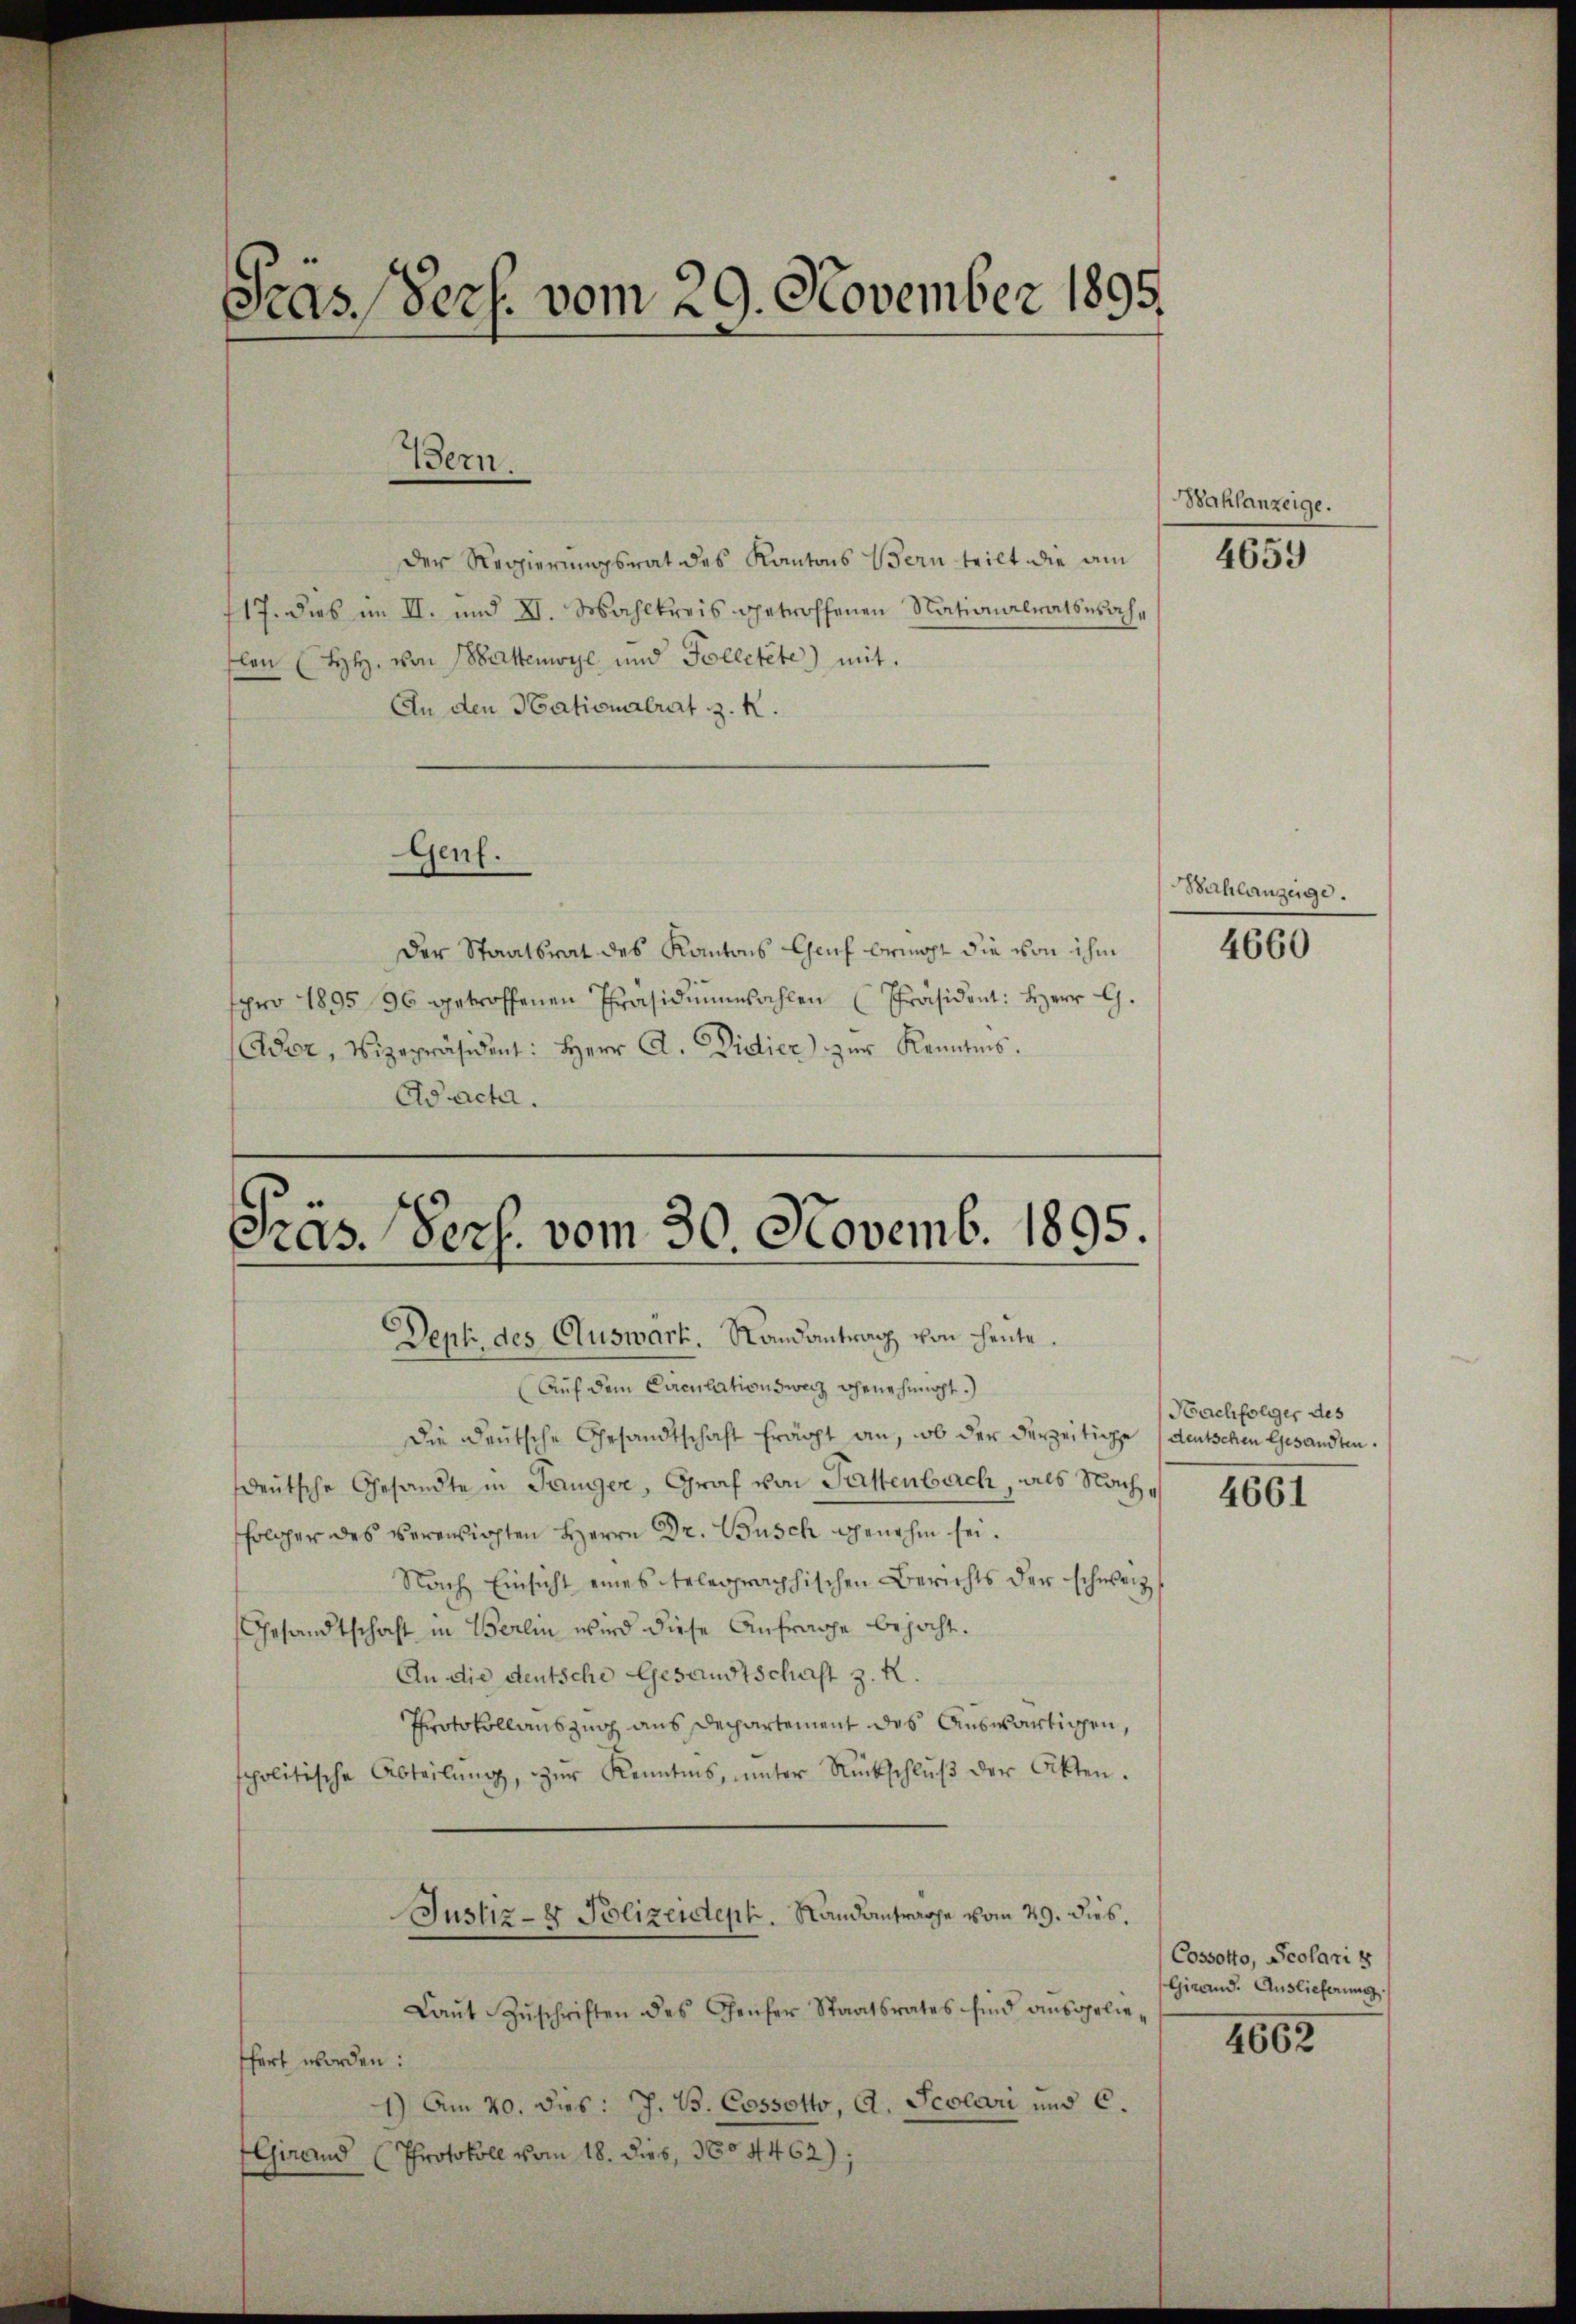
Pras (Pers. vom 29. November 1895.

Bern.

Der Regierungsrat des Kantons Bern teilt die am
117. dies im II. und VI. Wahlkreis getroffenen Nationalratswachslen (HH. von Sattenwyl und Folletete) mit
An den Nationalrat z. K.
Gent.
Der Staatsrat des Kantons Chef bericht die von ihm
pro 1895 36 getroffenen Präsidiumsahlen (Präsident: Herr G.
(Ader, Vizepräsident: Herr A. Vidier) zŭr Kenntnis.
Ad acta.

Präs. Pers. vom 30. Novemb. 1895.
—
Dept, des Auswart. Randantrag von heute.

(Auf dem Circulationsweiz genehmigt.
Die Deutsche Gesandtschaft frägt an, ob der derzeitige deutschen Gesandten.
eutsche Gesandte in Tanger, Graf von Gattenbach, als Nachsolcher des veransichten Herrn Dr. Busch genehm sei.
Nach Einsicht eines telegraphischen Berichts der schweiz
Gesandtschaft in Berlin wird diese Anfrage bejaht.
An die deutsche Gesandtschaft z. K.
Protokollauszug aus Departement des Auswärtigen,
spolitische Abteilŭng, zŭr Kenntnis, unter Rückschlŭβ der Akten.
Justiz- & Polizeident. Sandantrage vom 29. dies.
Laŭt Zŭschriften des Gener Staatsrates sind ausgelie-
ffert worden:
1.) Am 20. dies: J. B. Cossotto, A. Scolari und C.
Girand (Protokoll vom 18. dies, 3604462);

Wahlanzeige.

4659

Bichlanzeige.

4660

Nachfolger des

4661

Cossotto, Scolari s
Girrand. Auslieferung.

4662